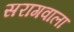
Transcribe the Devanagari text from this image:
सरागवाला